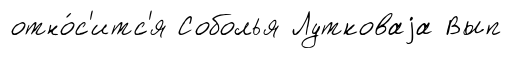
отно́с'итс'я Соболья Лутковаjа Вып